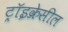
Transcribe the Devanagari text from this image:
ट्रॉइक्रेसील